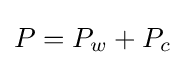
\displaystyle P=P_{w}+P_{c}